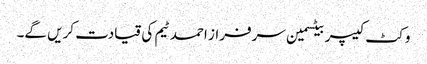
وکٹ کیپر بیٹسمین سرفراز احمد ٹیم کی قیادت کریں گے۔